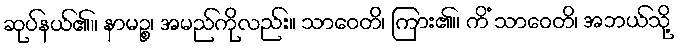
ဆုပ်နယ်၏။ နာမဉ္စ၊ အမည်ကိုလည်း။ သာဝေတိ၊ ကြား၏။ ကိံ သာဝေတိ၊ အဘယ်သို့